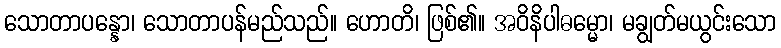
သောတာပန္နော၊ သောတာပန်မည်သည်။ ဟောတိ၊ ဖြစ်၏။ အဝိနိပါဓမ္မော၊ မချွတ်မယွင်းသော